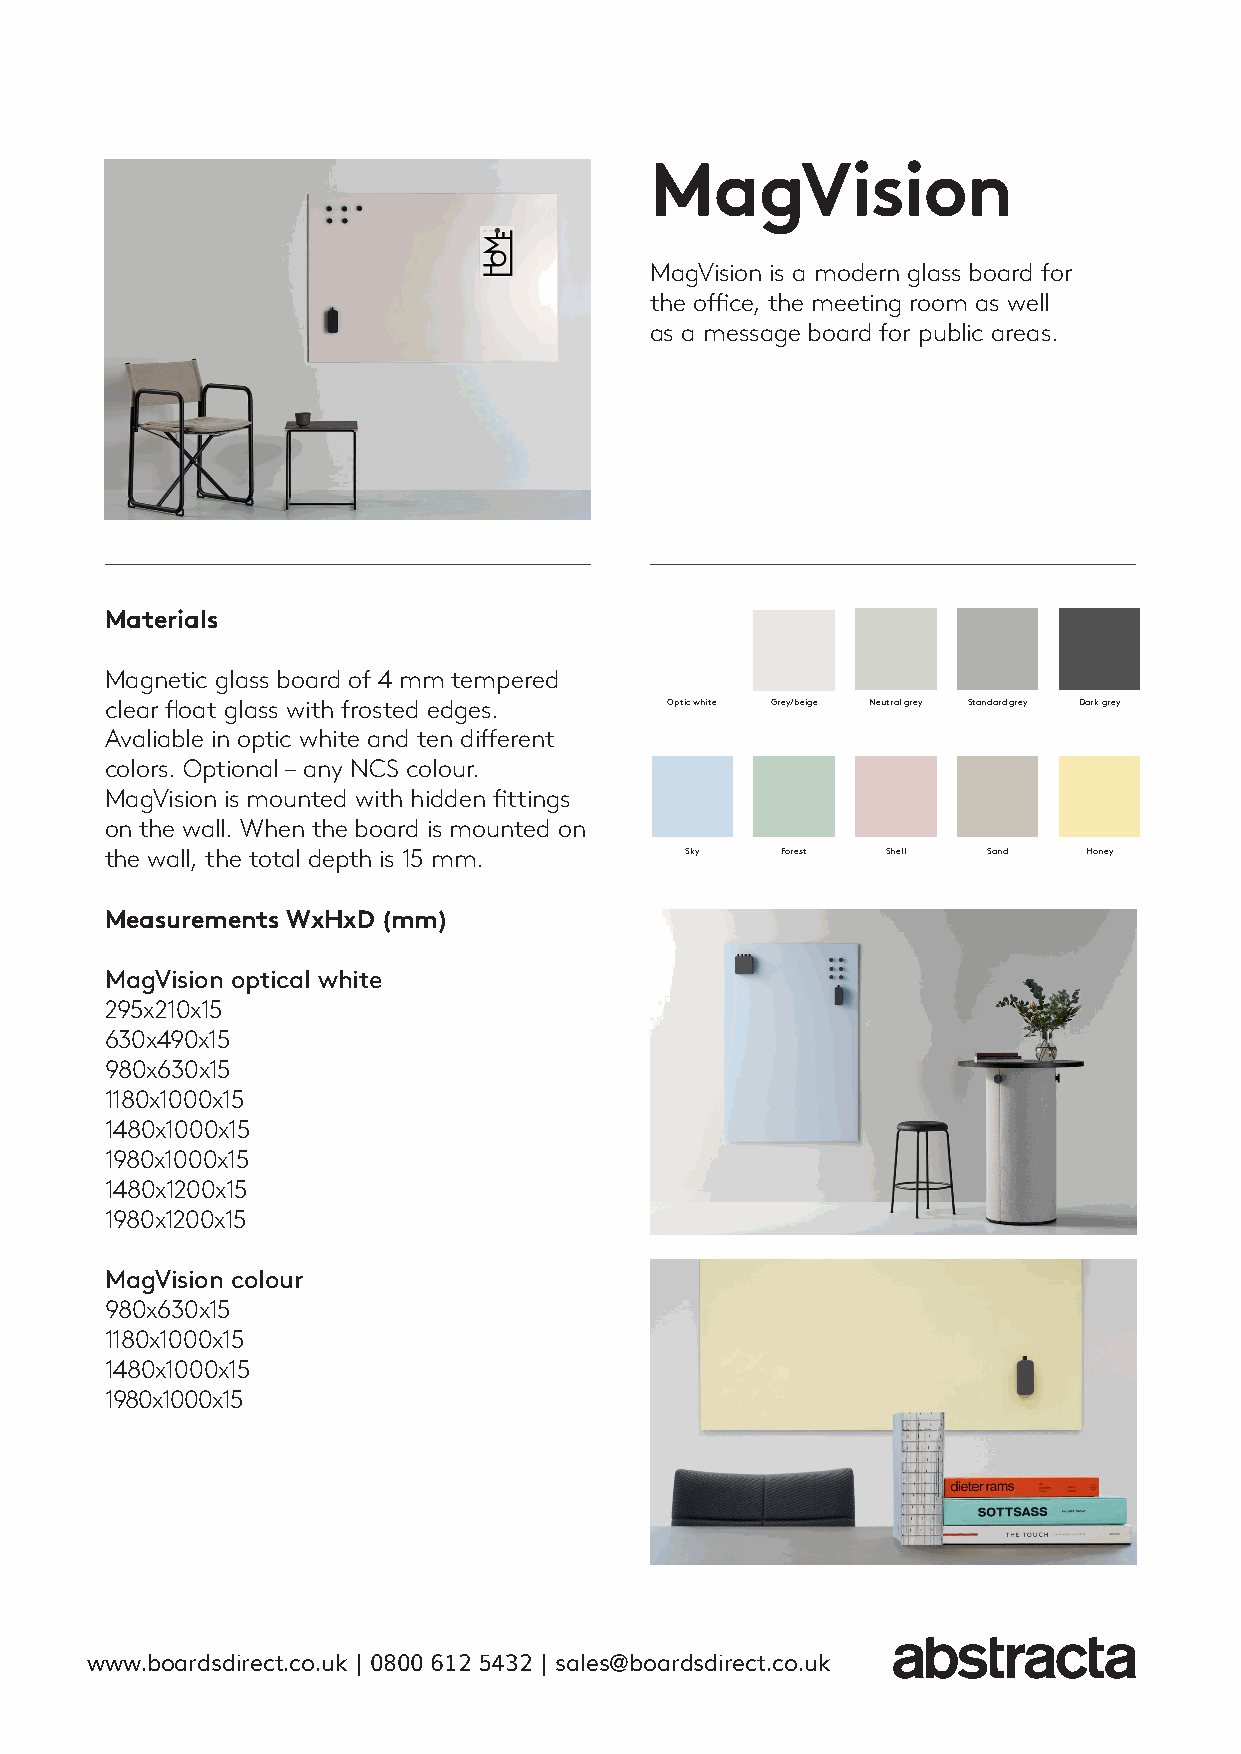
MagVision
 MagVision is a modern glass board for
 the office, the meeting room as well
 as a message board for public areas.
 Materials
 Magnetic glass board of 4 mm tempered
 clear float glass with frosted edges. Optic white Grey/beige Neutral grey Standard grey Dark grey
 Avaliable in optic white and ten different
 colors. Optional – any NCS colour.
 MagVision is mounted with hidden fittings
 on the wall. When the board is mounted on
 the wall, the total depth is 15 mm.   Sky    Forest Shell Sand   Honey
 Measurements WxHxD (mm)
 MagVision optical white
 295x210x15
 630x490x15
 980x630x15
 1180x1000x15
 1480x1000x15
 1980x1000x15
 1480x1200x15
 1980x1200x15
 MagVision colour
 980x630x15
 1180x1000x15
 1480x1000x15
 1980x1000x15
 www.boardsdirect.co.uk | 0800 612 5432 | sales@boardsdirect.co.uk